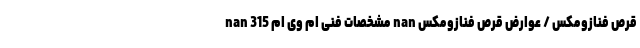
قرص فنازومکس / عوارض قرص فنازومکس nan مشخصات فنی ام وی ام 315 nan